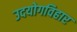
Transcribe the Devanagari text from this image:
उदयोगविहार